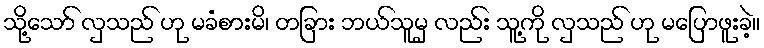
သို့သော် လှသည် ဟု မခံစားမိ၊ တခြား ဘယ်သူမှ လည်း သူ့ကို လှသည် ဟု မပြောဖူးခဲ့။